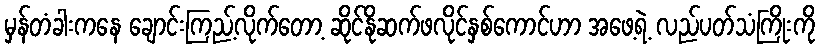
မှန်တံခါးကနေ ချောင်းကြည့်လိုက်တော့ ဆိုင်နိုဆက်ဖလိုင်နှစ်ကောင်ဟာ အဖေ့ရဲ့ လည်ပတ်သံကြိုးကို